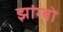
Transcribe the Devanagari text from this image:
झांग्बो